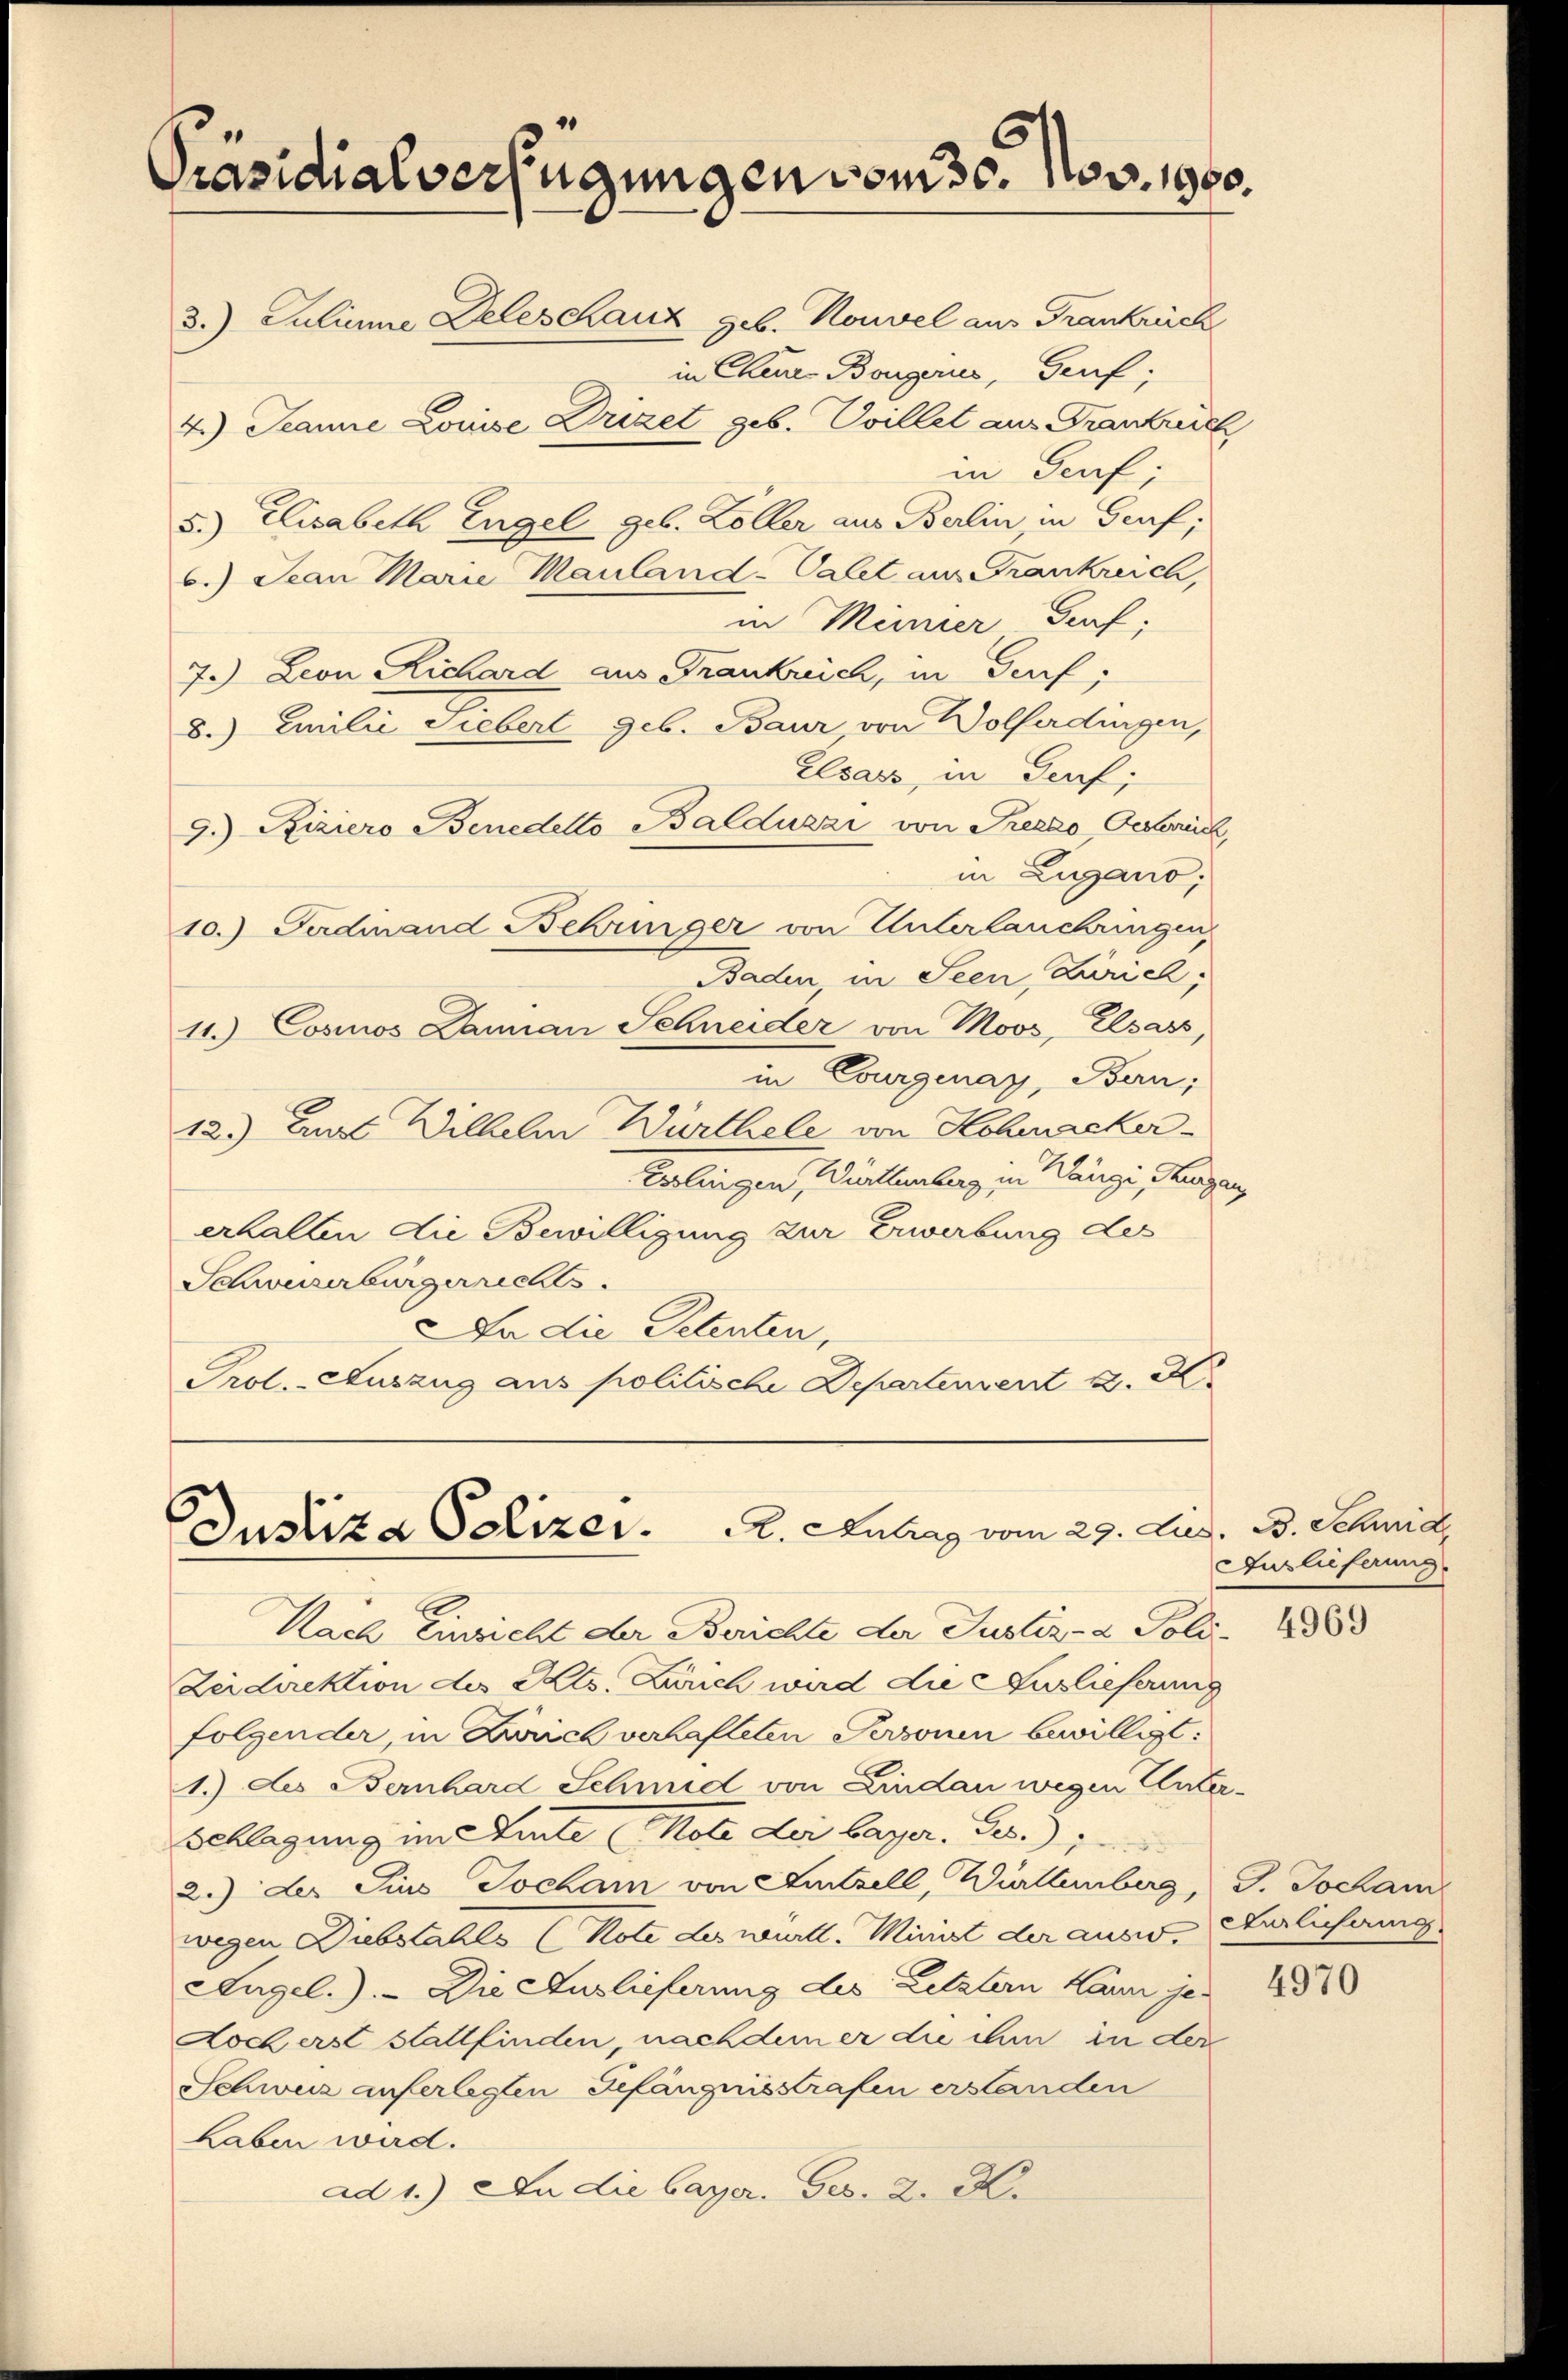
Präsidialverfügungen vom 30. Nov. 1900.
3. Juliume Deleschanz geb. Nouvel aus Frankreich
in Churs Bonzeris, Gruf;
4.) Jeanne Louise Drizet geb. Svillet aus Frankreich

in Grof;
5.) Elisabeth Engel geb. Koller aus Berlin in Graf,
6.) Jean Marie Mauland-Calet aus Frankreich,
in Meiner Graf,
7.) Leon Richard aus Frankreich, in Gurf:
8.) Emilie Liebert geb. Baur von Wolferdingen,
Elsass, in Graf,
9.) Riziero Benedetto Balduzzi von Prezzo Oestreich,
in Zugano,
10.) Ferdinand Behringer von Unterlachringen
Baden in Seen, Zürich;
11.) Cosmos Lannan Schneider von Moos, Elsass,
in Courgenay, Bern;
12.) Aus Wilhelm Würthele von Hohracker-
Verlangen, Winklenberg in Klänge, Langen
erhalten die Bewilligung zur Erwerbung des
Schweizerbürgerrechts
Da die Petenten,
Prol. - Auszug aus politische Departenvent K. K.

Justiza Polizer. A. Antrag vom 29. Aug. B. Schric
2
Nach Einsicht der Berichte der Justiz- & Poli¬

Zeidirektion des Kts. Zürich wird die Auslieferung
folgender, in Zürich verhafteten Personen bewilligt:
1.) des Bernhard Schmid von Lindau wegen Unter¬
Schlagung im Sente Note dei bayer. Ges.)
2.) des Pius Jocham von Hintzell, Württemberg, G. Jochani
wegen Diebstahls (Note des württ. Minist der ausw. erlichung
Angel.). Die Auslieferung des Letztern Laun je-
Noch erst stattfinden, nach dem er die ihm in der
Schweiz auferlegten Gefängnisstrafen erstanden
Laben wird.
ad 1.) In die bayer. Ges. 2. K.

Auslieferung.

4969

4970